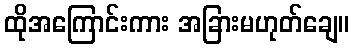
ထိုအကြောင်းကား အခြားမဟုတ်ချေ။